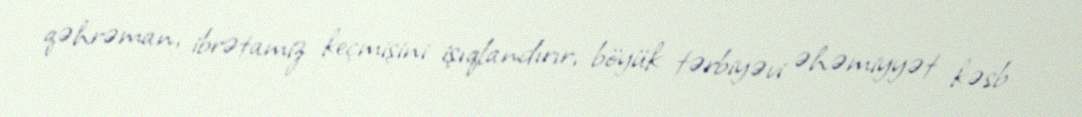
qəhrəman, ibrətamiz keçmişini işıqlandırır, böyük tərbiyəvi əhəmiyyət kəsb